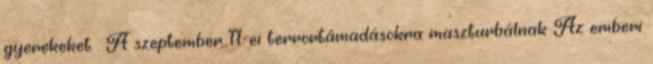
gyerekeket . A szeptember 11-ei terrortámadásokra maszturbálnak Az emberi